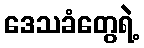
ဒေသခံတွေရဲ့